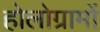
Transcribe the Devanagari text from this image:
होलोग्रामों